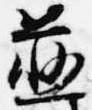
慈